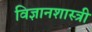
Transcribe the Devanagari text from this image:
विज्ञानशास्त्री